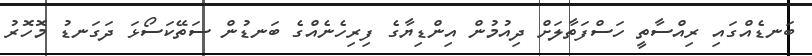
ބަނޑެއްގައި ރިއްސާތީ ހަސްފަތާލަށް ދިއުމުން އިންޑިޔާގެ ފިރިހެނެއްގެ ބަނޑުން ސަތޭކަސޯޅަ ދަގަނޑު މޮހޮރު